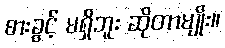
စားခွင့် မရှိဘူး ဆိုတာမျိုး။